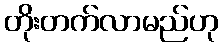
တိုးတက်လာမည်ဟု